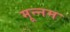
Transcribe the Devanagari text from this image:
मून्नम